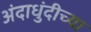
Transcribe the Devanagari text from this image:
अंदाधुंदीच्या